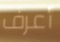
أعرف